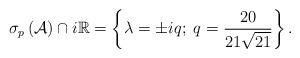
LaTeX: \begin{align*}\sigma_{p}\left( \mathcal{A}\right) \cap i\mathbb{R}=\left\{\lambda=\pm iq;\;q= \frac{20}{21\sqrt{21}}\right\}.\end{align*}